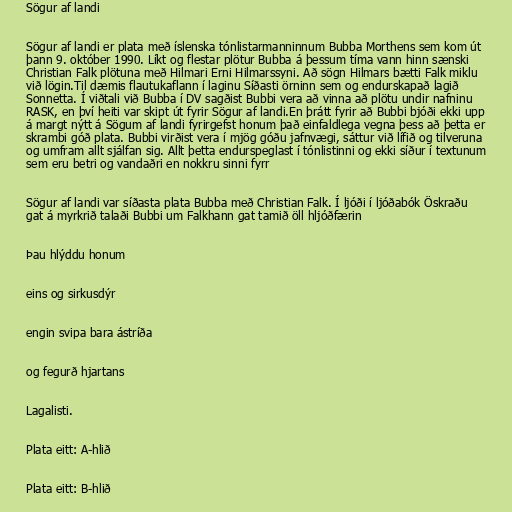
Sögur af landi

Sögur af landi er plata með íslenska tónlistarmanninnum Bubba Morthens sem kom út
þann 9. október 1990. Líkt og flestar plötur Bubba á þessum tíma vann hinn sænski
Christian Falk plötuna með Hilmari Erni Hilmarssyni. Að sögn Hilmars bætti Falk miklu
við lögin.Til dæmis flautukaflann í laginu Síðasti örninn sem og endurskapað lagið
Sonnetta. Í viðtali við Bubba í DV sagðist Bubbi vera að vinna að plötu undir nafninu
RASK, en því heiti var skipt út fyrir Sögur af landi.En þrátt fyrir að Bubbi bjóði ekki upp
á margt nýtt á Sögum af landi fyrirgefst honum það einfaldlega vegna þess að þetta er
skrambi góð plata. Bubbi virðist vera í mjög góðu jafnvægi, sáttur við lífið og tilveruna
og umfram allt sjálfan sig. Allt þetta endurspeglast í tónlistinni og ekki síður í textunum
sem eru betri og vandaðri en nokkru sinni fyrr

Sögur af landi var síðasta plata Bubba með Christian Falk. Í ljóði í ljóðabók Öskraðu
gat á myrkrið talaði Bubbi um Falkhann gat tamið öll hljóðfærin

Þau hlýddu honum

eins og sirkusdýr

engin svipa bara ástríða

og fegurð hjartans

Lagalisti.

Plata eitt: A-hlið

Plata eitt: B-hlið